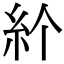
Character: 𥾓